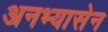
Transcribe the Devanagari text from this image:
अनभ्यासेन